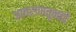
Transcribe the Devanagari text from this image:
आवरणातूनही